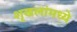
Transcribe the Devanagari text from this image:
शृखलांमध्ये